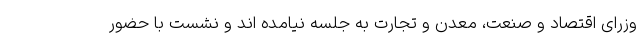
وزرای اقتصاد و صنعت، معدن و تجارت به جلسه نیامده اند و نشست با حضور